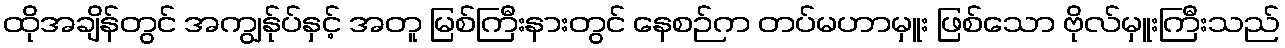
ထိုအချိန်တွင် အကျွန်ုပ်နှင့် အတူ မြစ်ကြီးနားတွင် နေစဉ်က တပ်မဟာမှူး ဖြစ်သော ဗိုလ်မှူးကြီးသည်